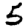
Digit: 5